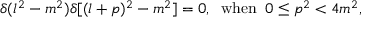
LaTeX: \delta ( l ^ { 2 } - m ^ { 2 } ) \delta [ ( l + p ) ^ { 2 } - m ^ { 2 } ] = 0 , \; \; \mathrm { w h e n } \; \; 0 \leq p ^ { 2 } < 4 m ^ { 2 } ,